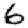
Digit: 6